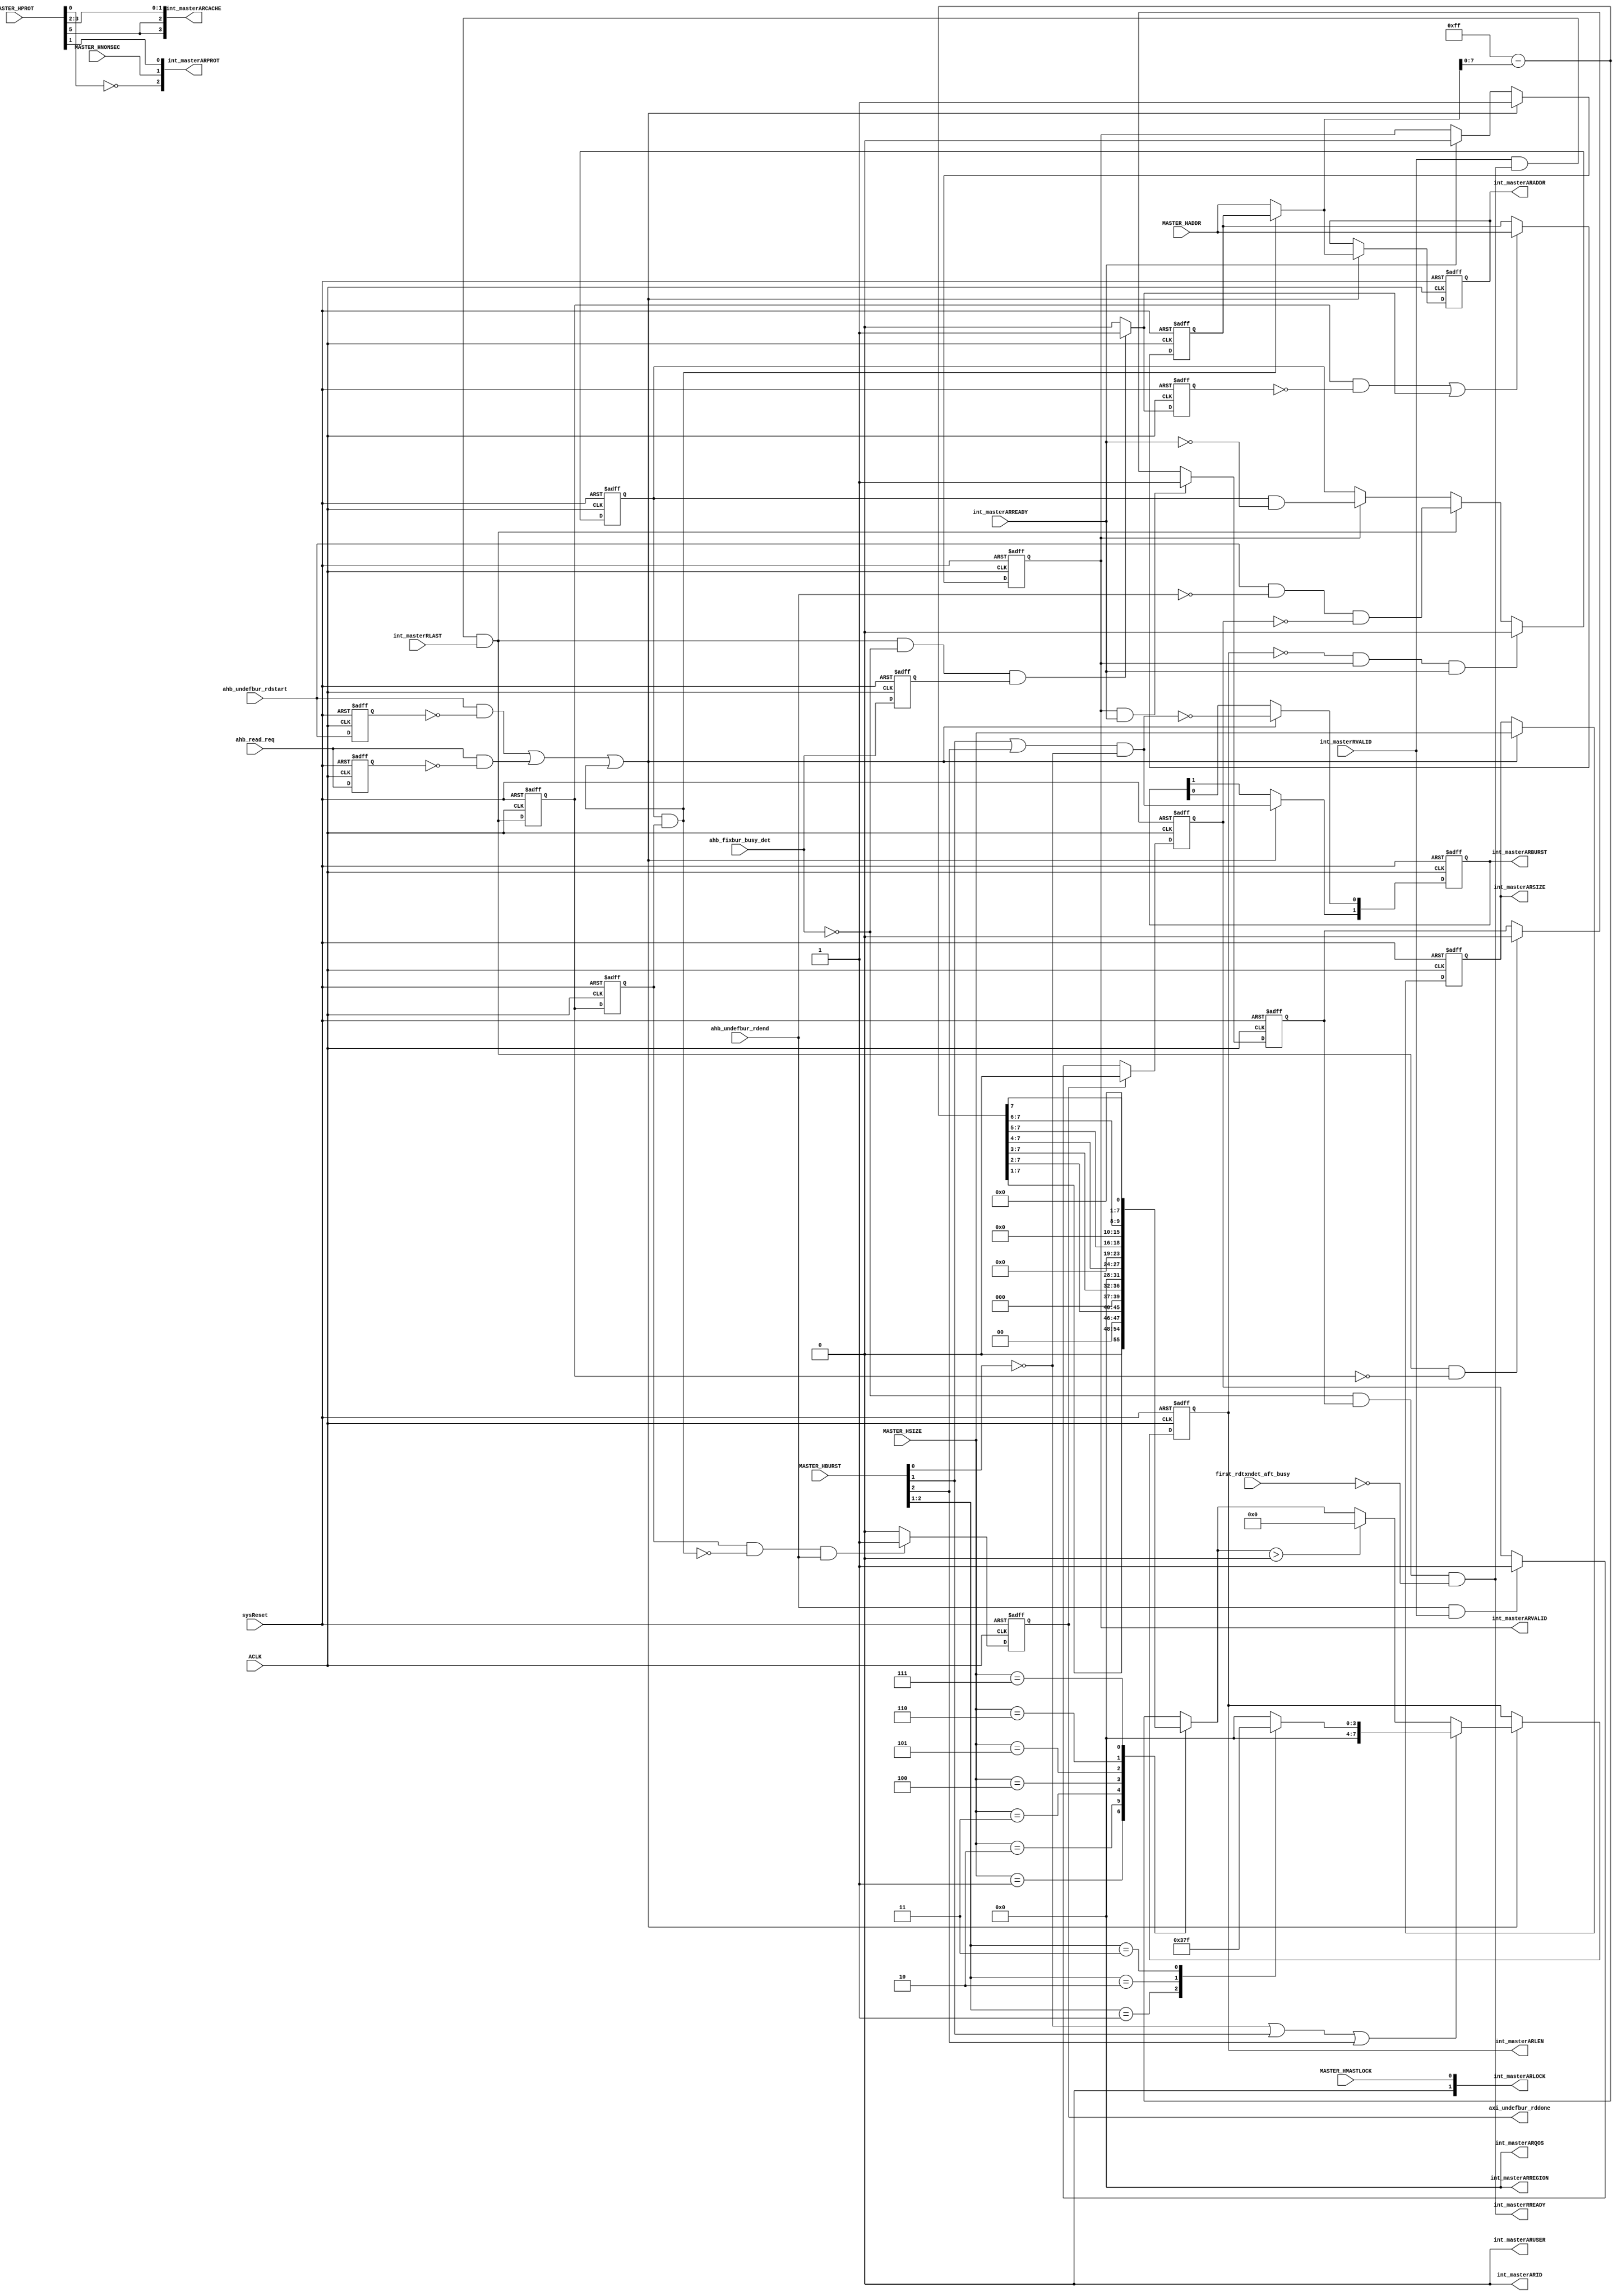
module caxi4interconnect_AXI4_Read_Ctrl #
(
   parameter        USER_WIDTH           = 1,
   parameter        DEF_BURST_LEN        = 0,
   parameter        DATA_WIDTH           = 32,
   parameter        ID_WIDTH             = 1,
   parameter        LOG_BYTE_WIDTH       = 2,
   parameter        DEF_BURST_LEN_ZERO   = 0,
   parameter        ADDR_WIDTH           = 32
)
(
  input                           ACLK,                
  input                           sysReset,            
  input                           ahb_read_req,
  input                           ahb_undefbur_rdstart,
  input                           ahb_undefbur_rdend,
  input                           ahb_fixbur_busy_det,
  input                           int_masterARREADY,
  input  [31:0]                   MASTER_HADDR,
  input  [2:0]                    MASTER_HBURST,       
  input                           MASTER_HMASTLOCK,  
  input  [6:0]                    MASTER_HPROT,  
  input  [2:0]                    MASTER_HSIZE,       
  input                           MASTER_HNONSEC,
  input                           int_masterRLAST,
  input                           int_masterRVALID,
  input                           first_rdtxndet_aft_busy,
  
  output [ID_WIDTH-1:0]           int_masterARID,
  output reg [ADDR_WIDTH-1:0]     int_masterARADDR,
  output reg [7:0]                int_masterARLEN,
  output reg [2:0]                int_masterARSIZE,
  output reg [1:0]                int_masterARBURST,
  output [1:0]                    int_masterARLOCK,
  output [3:0]                    int_masterARCACHE,
  output [2:0]                    int_masterARPROT,
  output [3:0]                    int_masterARQOS,
  output [3:0]                    int_masterARREGION,
  output [USER_WIDTH-1:0]         int_masterARUSER,
  output reg                      int_masterARVALID,
  output                          int_masterRREADY,
  output reg                      axi_undefbur_rddone
);

  localparam                      MASK_UPPER_ADDR_BITS = ADDR_WIDTH > 32 ? ADDR_WIDTH - 32 : 32; //If ADDR_WIDTH > 32

  wire                            axi_bur_rdend;  
  wire                            ahb_red_req_pl;
  wire                            ahb_undefbur_rdstart_pl;
  wire                            axi_read_en;
  wire  [7:0]                     ahb_haddr_modulo_256;
  wire                            sel_def_bur_len;
  wire  [7:0]                     ahb_undef_axi_burst_len;
  wire                            ahb_fixed_burst;
  wire  [7:0]                     axi_burst_len;
  wire                            rlast_pl;
  wire  [31:0]                    axi_read_addr;
  wire                            axi_read_comp;
  
  reg                             ahb_read_req_reg;
  reg                             ahb_undefbur_rdstart_reg;
  reg                             axi_defbur_rddone;
  reg   [7:0]                     ahb_fixbur_axi_burst_len;
  reg   [7:0]                     axi_len_limit;
  reg                             rready_ctrl;
  reg                             rlast_reg;
  reg                             ahb_undefbur_rdend_hold;
  reg                             axi_read_busy_ctrl;
  reg                             axi_read_busy_reg;
  reg   [31:0]                    addr_latch;
  reg                             axi_last_beat_xfer;
  reg                             ahb_undefbur_rdend_f1;
  reg                             rlast_reg_ctrl;
  reg                             rlast_reg_ctrl_f1;
  reg                             ahb_fixbur_busy_det_f1;
  reg                             rlast_reg_f1;
  
  assign int_masterARID = {ID_WIDTH{1'b0}};
  
  assign axi_bur_rdend = (ahb_undefbur_rdstart & ~ahb_undefbur_rdend & ~ahb_undefbur_rdend_hold);
  
  assign axi_read_comp = (int_masterRVALID & int_masterRREADY & int_masterRLAST);
  
  always@(posedge ACLK or negedge sysReset)
   if(~sysReset)
     ahb_undefbur_rdend_hold <= 1'b0;
   else if(axi_undefbur_rddone)
     ahb_undefbur_rdend_hold <= 1'b0;
   else if (ahb_undefbur_rdend & int_masterRVALID)
     ahb_undefbur_rdend_hold <= 1'b1;	
/* 
  always@(*)
    if(int_masterARVALID & int_masterARREADY & axi_read_comp)
	  axi_read_busy_ctrl <= 1'b0;
	else 
	  axi_read_busy_ctrl <= 1'b1;
*/
  always@(posedge ACLK or negedge sysReset)
    if(~sysReset)
	  axi_read_busy_reg <= 1'b0;
	else if((int_masterARLEN == 0) & int_masterARVALID & int_masterARREADY)
	  axi_read_busy_reg <= 1'b0;
	else if(axi_read_comp)
	  axi_read_busy_reg <= axi_bur_rdend;	    
    else if(int_masterARVALID)
	  axi_read_busy_reg <= (axi_read_busy_reg & ~int_masterARREADY);		
	 
	  
  always@(posedge ACLK or negedge sysReset)
    if(~sysReset)
	  ahb_read_req_reg <= 1'b0;
	else 
	  ahb_read_req_reg <= ahb_read_req;
  
  assign ahb_red_req_pl = ahb_read_req & ~ahb_read_req_reg;

  always@(posedge ACLK or negedge sysReset)
    if(~sysReset)
	  ahb_undefbur_rdstart_reg <= 1'b0;
	else 
	  ahb_undefbur_rdstart_reg <= ahb_undefbur_rdstart;
  
  assign ahb_undefbur_rdstart_pl = ahb_undefbur_rdstart & ~ahb_undefbur_rdstart_reg; 
  
  always@(posedge ACLK or negedge sysReset)
    if(~sysReset)
	  ahb_fixbur_busy_det_f1 <= 1'b0;
    else 
      ahb_fixbur_busy_det_f1 <= ahb_fixbur_busy_det;
  

  always@(*)
    if(axi_read_comp & ~ahb_fixbur_busy_det & ahb_fixbur_busy_det_f1)
	  rlast_reg_ctrl <= 1'b1;
	else
	  rlast_reg_ctrl <= 1'b0;

  always@(posedge ACLK or negedge sysReset)
    if(~sysReset)
	  rlast_reg_ctrl_f1 <= 1'b0;
    else 
      rlast_reg_ctrl_f1 <= rlast_reg_ctrl;  

  always@(posedge ACLK or negedge sysReset)
    if(~sysReset)
	  rlast_reg_f1 <= 1'b0;
    else 
      rlast_reg_f1 <= rlast_reg;  
	  
  always@(*)
    axi_defbur_rddone = (axi_read_busy_reg & rlast_reg_f1 & ~DEF_BURST_LEN_ZERO);
	
  always@(posedge ACLK or negedge sysReset)
    if(~sysReset)
	  addr_latch = 0;
    else if((rlast_reg & ~rlast_reg_ctrl_f1) | rlast_reg_ctrl)
	  addr_latch = MASTER_HADDR;
	  
  assign axi_read_addr = axi_defbur_rddone ? addr_latch : MASTER_HADDR;
						   
  assign axi_read_en = (ahb_undefbur_rdstart_pl | ahb_red_req_pl | axi_defbur_rddone);

  always@(posedge ACLK or negedge sysReset)
    if(~sysReset)
	  int_masterARADDR <= {ADDR_WIDTH{1'b0}};
	else if(ADDR_WIDTH > 32)
	  begin 
	    if(axi_read_en)
		  int_masterARADDR <= {{MASK_UPPER_ADDR_BITS{1'b0}},axi_read_addr};
	  end 	
	else if(axi_read_en)
	  int_masterARADDR <= axi_read_addr[ADDR_WIDTH-1:0];
  
  assign ahb_haddr_modulo_256 = 255 - axi_read_addr[7:0];	  

  always@(*)
    case (MASTER_HSIZE)
	  1       : axi_len_limit = {1'b0,ahb_haddr_modulo_256[7:1]};  
	  2       : axi_len_limit = {2'b00,ahb_haddr_modulo_256[7:2]};  
	  3       : axi_len_limit = {3'b000,ahb_haddr_modulo_256[7:3]};  
	  4       : axi_len_limit = {4'b0000,ahb_haddr_modulo_256[7:4]};  
	  5       : axi_len_limit = {5'b00000,ahb_haddr_modulo_256[7:5]};  
	  6       : axi_len_limit = {6'b000000,ahb_haddr_modulo_256[7:6]};  
	  7       : axi_len_limit = {7'b0000000,ahb_haddr_modulo_256[7]};  
	  default : axi_len_limit = ahb_haddr_modulo_256[7:0];  
	endcase

  assign sel_def_bur_len = 	(axi_len_limit > DEF_BURST_LEN);
  
  assign ahb_undef_axi_burst_len = sel_def_bur_len ? DEF_BURST_LEN : axi_len_limit;
  
  always@(*)
    case (MASTER_HBURST[2:1])
	  1       : ahb_fixbur_axi_burst_len = 3;
	  2       : ahb_fixbur_axi_burst_len = 7;
	  3       : ahb_fixbur_axi_burst_len = 15;
	  default : ahb_fixbur_axi_burst_len = 0;
	endcase 
	
  assign ahb_fixed_burst = (DEF_BURST_LEN_ZERO | ~MASTER_HBURST[0] | MASTER_HBURST[1] | MASTER_HBURST[2]);	
  
  assign axi_burst_len = ahb_fixed_burst ? ahb_fixbur_axi_burst_len : ahb_undef_axi_burst_len;	
  
  always@(posedge ACLK or negedge sysReset)
    if(~sysReset)
	  int_masterARLEN <= 0;
	else if(axi_read_en)
	  int_masterARLEN <= axi_burst_len;

  always@(posedge ACLK or negedge sysReset)
    if(~sysReset)
	  int_masterARSIZE <= 0;
	else if(axi_read_en)
	  int_masterARSIZE <= MASTER_HSIZE;	   
  
  
  always@(posedge ACLK or negedge sysReset)
    if(~sysReset)
	  int_masterARBURST <= 0;
	else if(axi_read_en)
	  begin 
	    int_masterARBURST[1] <=  ((MASTER_HBURST[1] | MASTER_HBURST[2] ) & ~MASTER_HBURST[0]); 
		int_masterARBURST[0] <= ~((MASTER_HBURST[1] | MASTER_HBURST[2] ) & ~MASTER_HBURST[0]); 
	  end 
	  

  assign int_masterARLOCK = { 1'b0, MASTER_HMASTLOCK};  
  assign int_masterARCACHE = {MASTER_HPROT[5], MASTER_HPROT[5], MASTER_HPROT[3], MASTER_HPROT[2]};
  assign int_masterARPROT = {~MASTER_HPROT[0], MASTER_HNONSEC, MASTER_HPROT[1]};  
  assign int_masterARQOS = 0;
  assign int_masterARREGION = 0;
  assign int_masterARUSER = 0;

  always@(posedge ACLK or negedge sysReset)
    if(~sysReset)
	  int_masterARVALID <= 1'b0;
	else if(axi_read_en)
	  int_masterARVALID <= 1'b1;
	else if(int_masterARREADY)
	  int_masterARVALID <= 1'b0;

  always@(posedge ACLK or negedge sysReset)
    if(~sysReset)
	  rlast_reg <= 1'b0;
	else 
	  rlast_reg <= axi_read_comp;
	  

  assign rlast_pl = axi_read_comp  & ~rlast_reg;
  	  
  always@(posedge ACLK or negedge sysReset)
    if(~sysReset)
	  rready_ctrl <= 1'b0;
	else if(int_masterARVALID & int_masterARREADY)
	  rready_ctrl <= 1'b1;
	else if(rlast_pl)
	  rready_ctrl <= 1'b0;
	  
  assign int_masterRREADY = (~ahb_fixbur_busy_det & rready_ctrl & ~first_rdtxndet_aft_busy);

  
  
  always@(posedge ACLK or negedge sysReset)
    if(~sysReset)
	  ahb_undefbur_rdend_f1 <= 1'b0;
    else 
      ahb_undefbur_rdend_f1 <= ahb_undefbur_rdend;
  
  //Signal is generated to detect corner condition in which axi last transaction occurs and on the next clock cycle undefined burst termination
  //is detected. In this scenerio, one more transaction needs to be generated to axi.
 
  always@(posedge ACLK or negedge sysReset)
    if(~sysReset)
	  axi_last_beat_xfer <= 1'b0;
    else if(axi_read_busy_reg & ahb_undefbur_rdend & ~ahb_undefbur_rdend_f1)
      axi_last_beat_xfer <= 1'b1;
	else if(axi_read_comp)
	  axi_last_beat_xfer <= 1'b0;
  
  always@(posedge ACLK or negedge sysReset)
    if(~sysReset)
      axi_undefbur_rddone <= 1'b0;
    //else if(~axi_last_beat_xfer & int_masterRVALID & int_masterRREADY & int_masterRLAST & ahb_undefbur_rdend)
    else if(rlast_reg_f1 & ~axi_defbur_rddone & ahb_undefbur_rdend)
	  axi_undefbur_rddone <= 1'b1;
	else 
	  axi_undefbur_rddone <= 1'b0;
  

endmodule